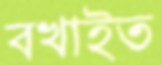
বখাইত